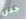
جدى